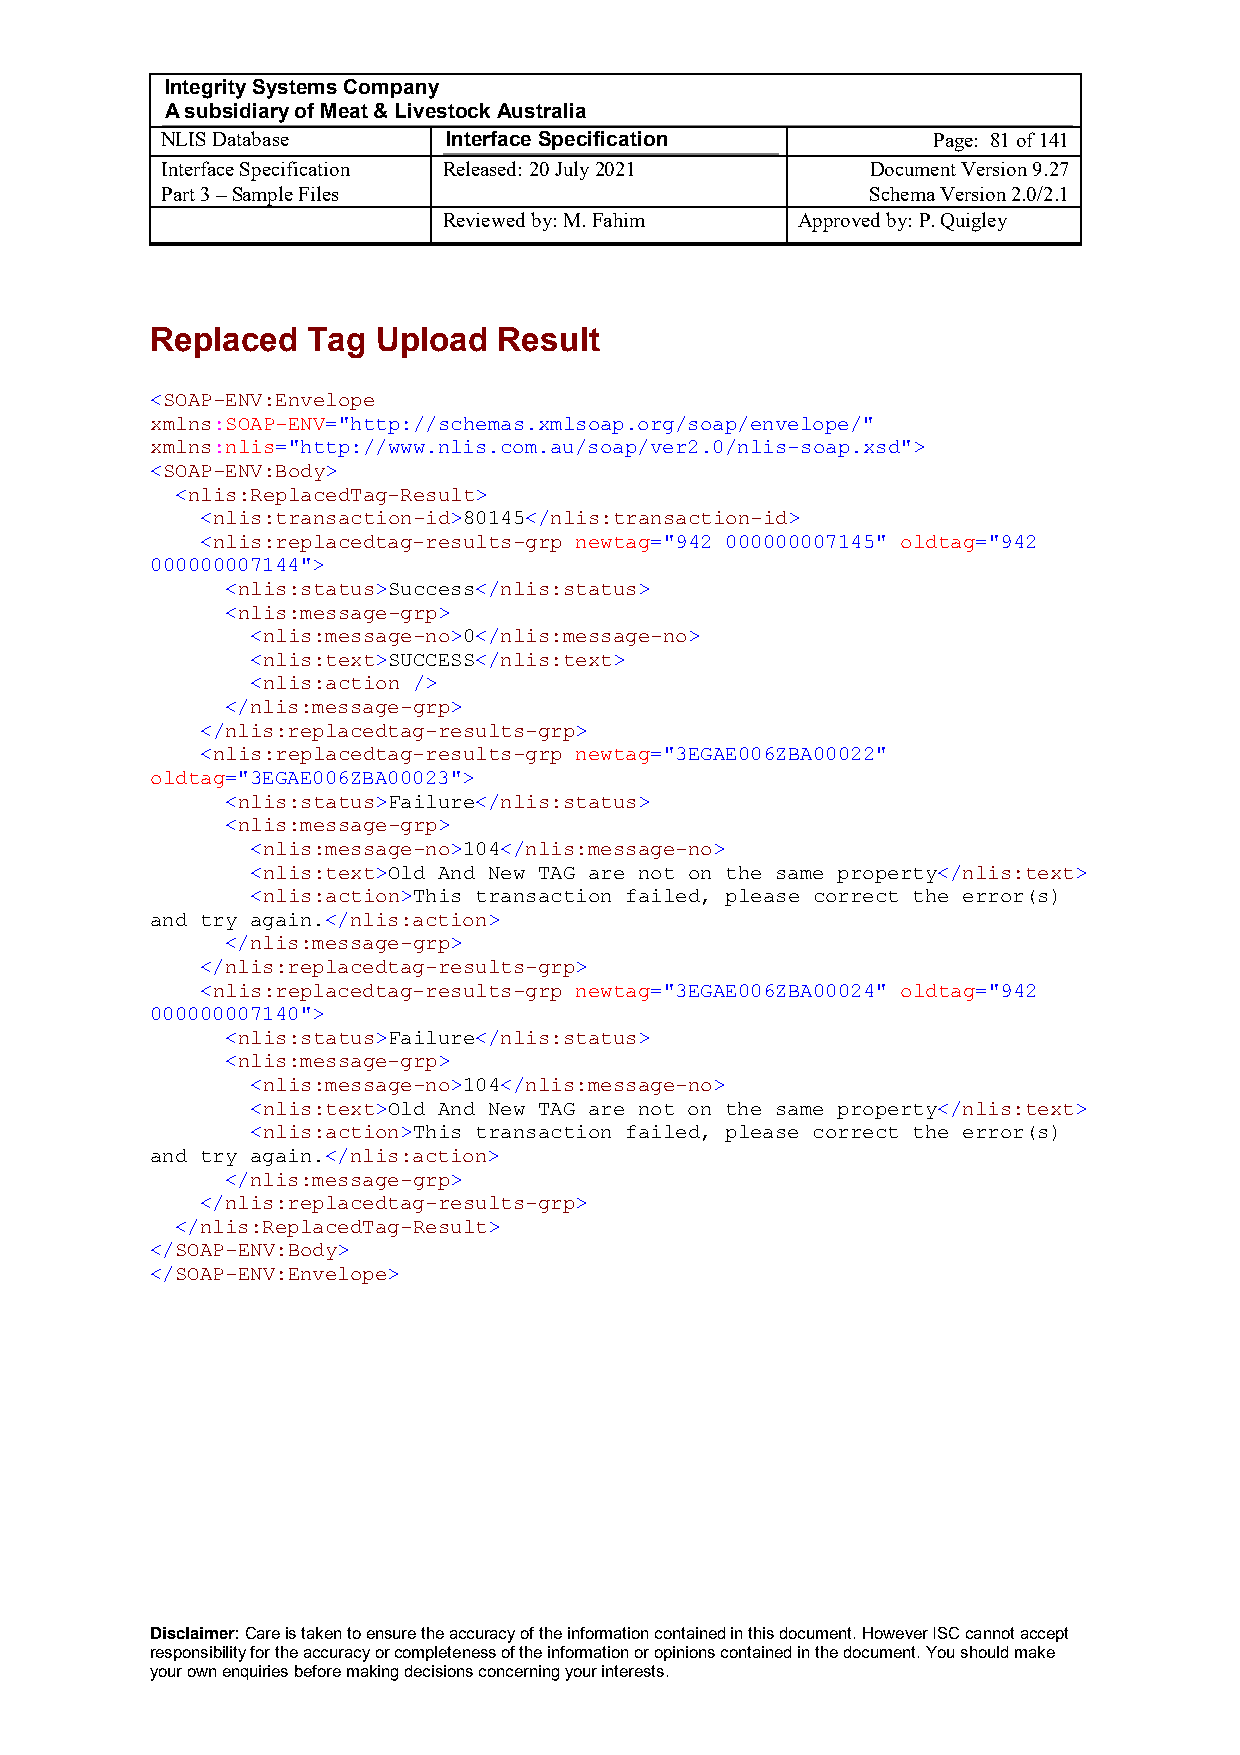
Integrity Systems Company
 A subsidiary of Meat & Livestock Australia
 NLIS Database      Interface Specification         Page: 81 of 141
 Interface Specification Released: 20 July 2021 Document Version 9.27
 Part 3 – Sample Files                          Schema Version 2.0/2.1
 Reviewed by: M. Fahim   Approved by: P. Quigley
 Replaced  Tag  Upload  Result
 <SOAP-ENV:Envelope
 xmlns:SOAP-ENV="http://schemas.xmlsoap.org/soap/envelope/"
 xmlns:nlis="http://www.nlis.com.au/soap/ver2.0/nlis-soap.xsd">
 <SOAP-ENV:Body>
 <nlis:ReplacedTag-Result>
 <nlis:transaction-id>80145</nlis:transaction-id>
 <nlis:replacedtag-results-grp newtag="942 000000007145" oldtag="942
 000000007144">
 <nlis:status>Success</nlis:status>
 <nlis:message-grp>
 <nlis:message-no>0</nlis:message-no>
 <nlis:text>SUCCESS</nlis:text>
 <nlis:action />
 </nlis:message-grp>
 </nlis:replacedtag-results-grp>
 <nlis:replacedtag-results-grp newtag="3EGAE006ZBA00022"
 oldtag="3EGAE006ZBA00023">
 <nlis:status>Failure</nlis:status>
 <nlis:message-grp>
 <nlis:message-no>104</nlis:message-no>
 <nlis:text>Old And New TAG are not on the same property</nlis:text>
 <nlis:action>This transaction failed, please correct the error(s)
 and try again.</nlis:action>
 </nlis:message-grp>
 </nlis:replacedtag-results-grp>
 <nlis:replacedtag-results-grp newtag="3EGAE006ZBA00024" oldtag="942
 000000007140">
 <nlis:status>Failure</nlis:status>
 <nlis:message-grp>
 <nlis:message-no>104</nlis:message-no>
 <nlis:text>Old And New TAG are not on the same property</nlis:text>
 <nlis:action>This transaction failed, please correct the error(s)
 and try again.</nlis:action>
 </nlis:message-grp>
 </nlis:replacedtag-results-grp>
 </nlis:ReplacedTag-Result>
 </SOAP-ENV:Body>
 </SOAP-ENV:Envelope>
 Disclaimer: Care is taken to ensure the accuracy of the information contained in this document. However ISC cannot accept
 responsibility for the accuracy or completeness of the information or opinions contained in the document. You should make
 your own enquiries before making decisions concerning your interests.